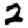
Digit: 2